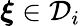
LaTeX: {\boldsymbol{\xi}}\in\mathcal{D}_{i}